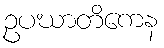
ဥပဃာတိကေန